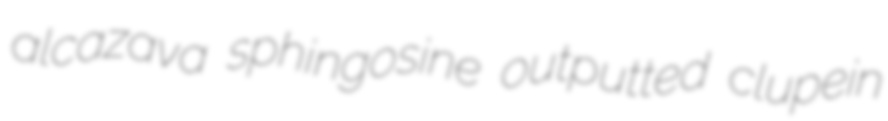
alcazava sphingosine outputted clupein